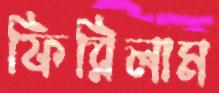
ফিরিলাম